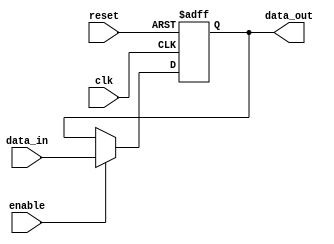
module parameterized_register #(
    parameter WIDTH = 8  // Parameter to define the width of the register
)(
    input wire clk,          // Clock signal
    input wire reset,        // Asynchronous reset signal
    input wire [WIDTH-1:0] data_in,  // Input data signal
    input wire enable,       // Control signal to load data
    output reg [WIDTH-1:0] data_out  // Output data signal
);

// Behavioral description of the register
always @(posedge clk or posedge reset) begin
    if (reset) begin
        // If reset is asserted, initialize register to zero
        data_out <= {WIDTH{1'b0}}; // Set data_out to all zeros
    end else if (enable) begin
        // If enable is asserted, load data_in into data_out
        data_out <= data_in;
    end
    // If reset is not asserted and enable is not asserted,
    // retain the previous value of data_out
end

endmodule